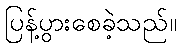
ပြန့်ပွားစေခဲ့သည်။